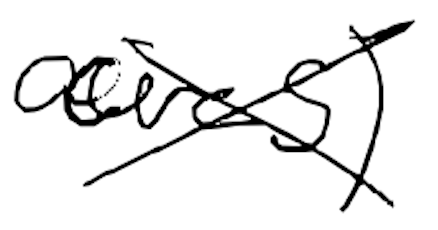
Text: acres)
Cross-out: cross
Writing tool: digital_black